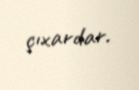
çıxardar.